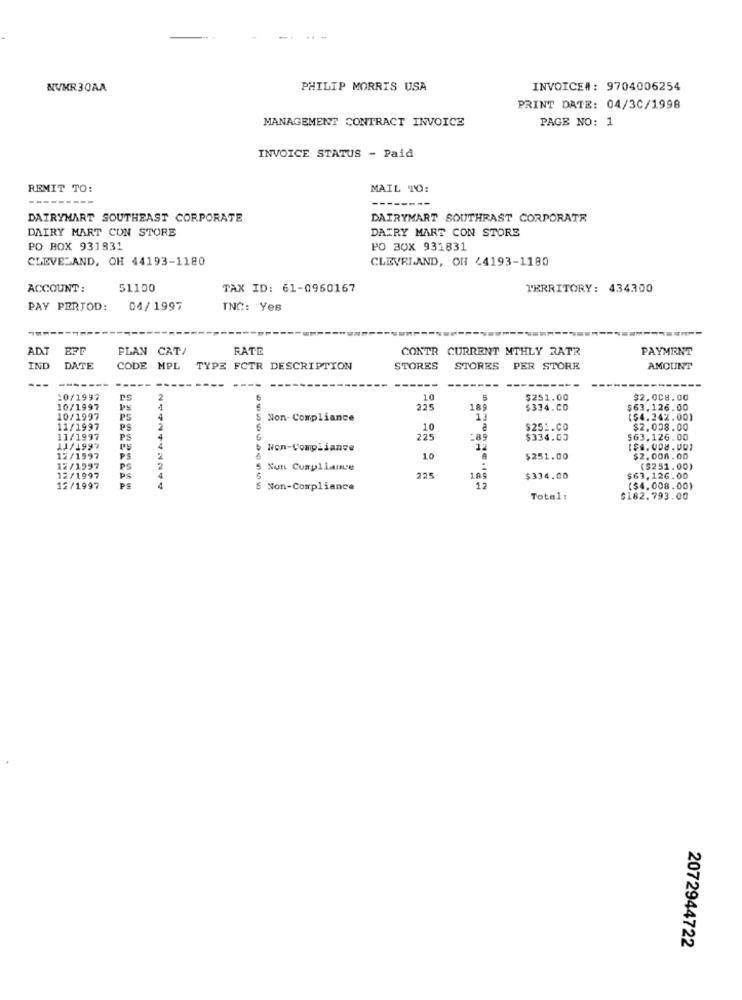
NUMR30AA
PHILIP MORRIS USA
INVOICE#: 9704006254
PRINT DATE: 04/3C/1998
MANAGEMENT CONTRACT INVOICE
PAGE NO: 1
INVOICE STATUS - Paid
REMIT TO:
MAIL TO:
DAIRYMART SOUTHEAST CORPORATE
DAIRYMART SOUTHRAST CORPORATE
DAIRY MART CON STORE
DAIRY MART CON STORE
PO BOX 931831
PO BOX 931831
CLEVELAND, OH 44193-1180
CLEVELAND, OH 44193-1180
ACCOUNT:
51100
TAX ID: 61-0950167
TERRITORY: 434300
PAY PERTOD:
04/ 1997
TNC: Yes
ADT
PLAN CAT/
FATE
CONTR CURRENT MTHLY RATR
PAYMENT
IND
DATE
CODE
MPL
TYPE FCTR DESCRIPTION
STORES
STORES PER STORE
AMOUNT
--
---
10/1997
2
10
$251.00
$2.008.00
10/1997
225
189
$334.00
$63.126.00
10/1997
5 Non- Compliance
13
($4.242.00)
11/1997
PS
2
10
$251.Co
$2.008.00
11/1997
PS
4
225
-89
$334.05
563.126.00
11/1997
Non-Compliance
12
1$4.008.007
12/1997
PS
2
10
$251.00
$2,008.00
12/1997
Sun Cumplanue
($251.00)
12/1997
PS
$334.00
$63,126.00
12/1997
4
5 Non-Compliance
12
($4.008.00)
Total :
$182.793.00
2072944722